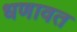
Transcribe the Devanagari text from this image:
धणावत